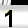
Digit: 1